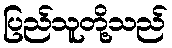
ပြည်သူတို့သည်